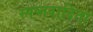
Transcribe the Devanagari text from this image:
स्पष्तवादिता